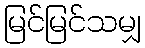
မြင်မြင်သမျှ